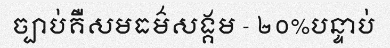
ច្បាប់គឺសមធម៌សង្គម - ២០%បន្ទាប់